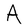
Character: A